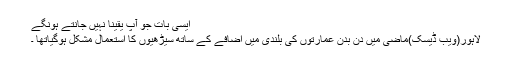
ایسی بات جو آپ یقیناً نہیں جانتے ہونگے
لاہور(ویب ڈیسک)ماضی میں دن بدن عمارتوں کی بلندی میں اضافے کے ساتھ سیڑھیوں کا استعمال مشکل ہوگیاتھا ۔